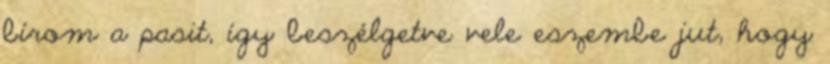
bírom a pasit, így beszélgetve vele eszembe jut, hogy